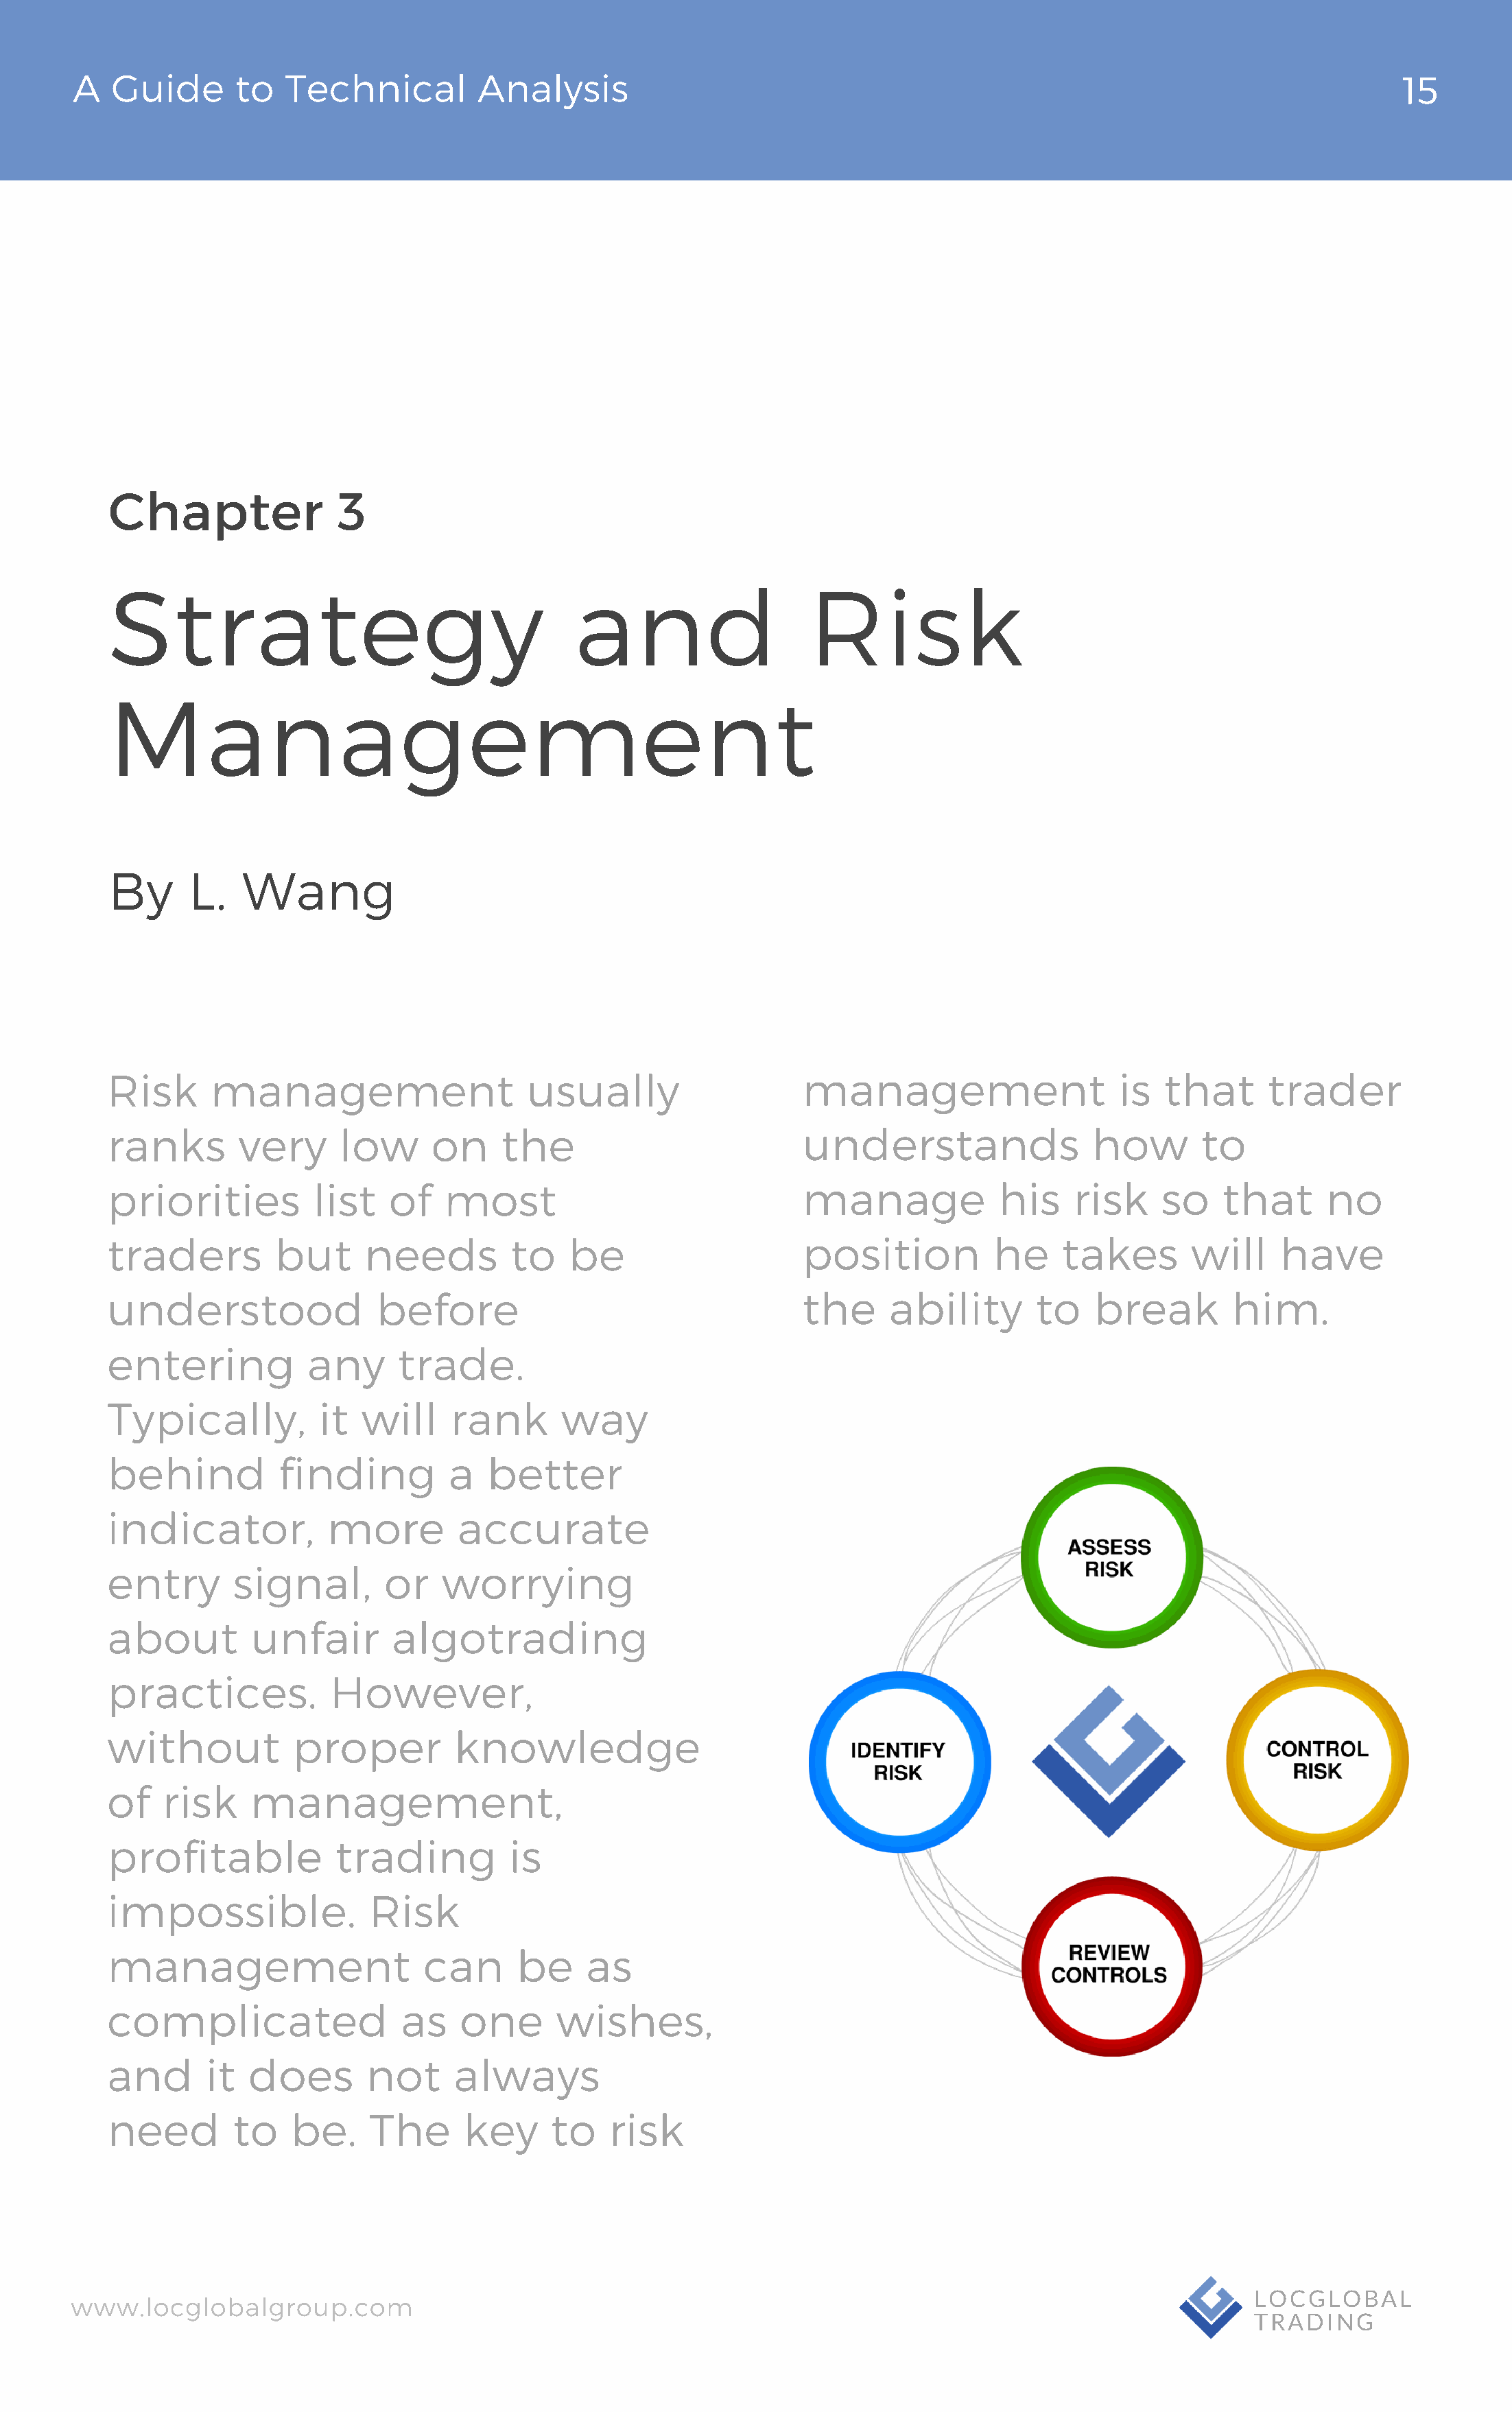
A   Guide       to  Technical          Analysis                                                                                 15
 Chapter                3
 Strategy                                     and                    Risk
 Management
 By      L.   Wang
 Risk      management                     usually                   management                     is  that      trader
 ranks        very      low      on    the                          understands                 how        to
 priorities          list    of   most                              manage             his     risk    so    that      no
 traders          but     needs         to    be                    position           he    takes        will    have
 understood                before                                   the      ability       to   break         him.
 entering            any     trade.
 Typically,           it  will    rank       way
 behind           finding         a   better
 indicator,            more        accurate
 entry       signal,        or    worrying
 about         unfair        algotrading
 practices.            However,
 without           proper          knowledge
 of    risk    management,
 profitable            trading          is
 impossible.               Risk
 management                     can      be     as
 complicated                  as   one       wishes,
 and       it  does       not      always
 need        to    be.     The      key     to    risk
 www.locglobalgroup.com                                                                                            LOCGLOBAL
 TRADING